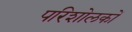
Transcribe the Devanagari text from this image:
परिशोलकों